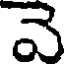
వె